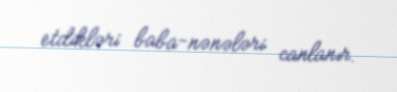
etdikləri baba-nənələri canlanır.